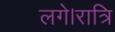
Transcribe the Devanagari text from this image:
लगे।रात्रि